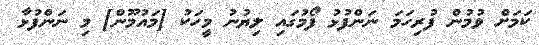
ކަމަށް ވުމުން ފުރިހަމަ ނަންފުޅު ފޯމުގައި ލިޔުނު މީހަކު [މައުމޫން] މި ނަންފުޅާ